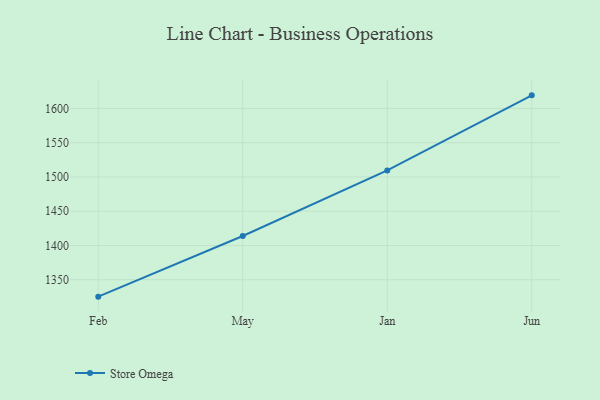
{"axis": {"x": "Month", "y": "Headcount"}, "legend": ["Store Omega"], "data": [{"x": "Feb", "y": 1325.3, "type": "Store Omega"}, {"x": "May", "y": 1413.8, "type": "Store Omega"}, {"x": "Jan", "y": 1509.6, "type": "Store Omega"}, {"x": "Jun", "y": 1619.1, "type": "Store Omega"}]}